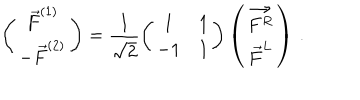
\left( \begin{array} { c } { { \vec { F } ^ { ( 1 ) } } } \\ { { - \vec { F } ^ { ( 2 ) } } } \\ \end{array} \right) = \frac { 1 } { \sqrt { 2 } } \left( \begin{array} { c c } { { 1 } } & { { 1 } } \\ { { - 1 } } & { { 1 } } \\ \end{array} \right) \left( \begin{array} { c } { { \vec { F ^ { R } } } } \\ { { \vec { F } ^ { L } } } \\ \end{array} \right) \, .